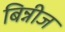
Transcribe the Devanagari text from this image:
बिन्नीज